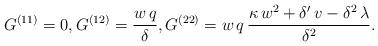
LaTeX: \begin{align*} G^{(11)}=0,G^{(12)}=\frac{w\,q}{\delta },G^{(22)}= w\,q \, \frac{\kappa\, w^{2}+\delta '\,v-\delta ^{2}\,\lambda }{\delta ^{2}}. \end{align*}